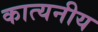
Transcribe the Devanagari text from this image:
कात्यनीय